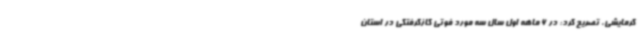
گرمایشی، تصریح کرد: در 6 ماهه اول سال سه مورد فوتی گازگرفتگی در استان